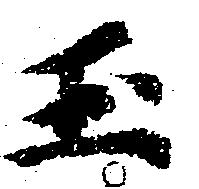
玉